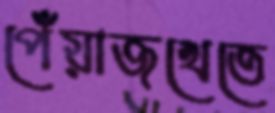
পেঁয়াজখেতে